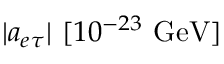
| a _ { e \tau } | ~ [ 1 0 ^ { - 2 3 } ~ \mathrm { { G e V } ] }